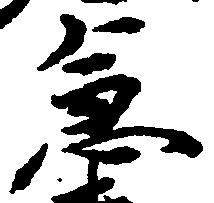
急